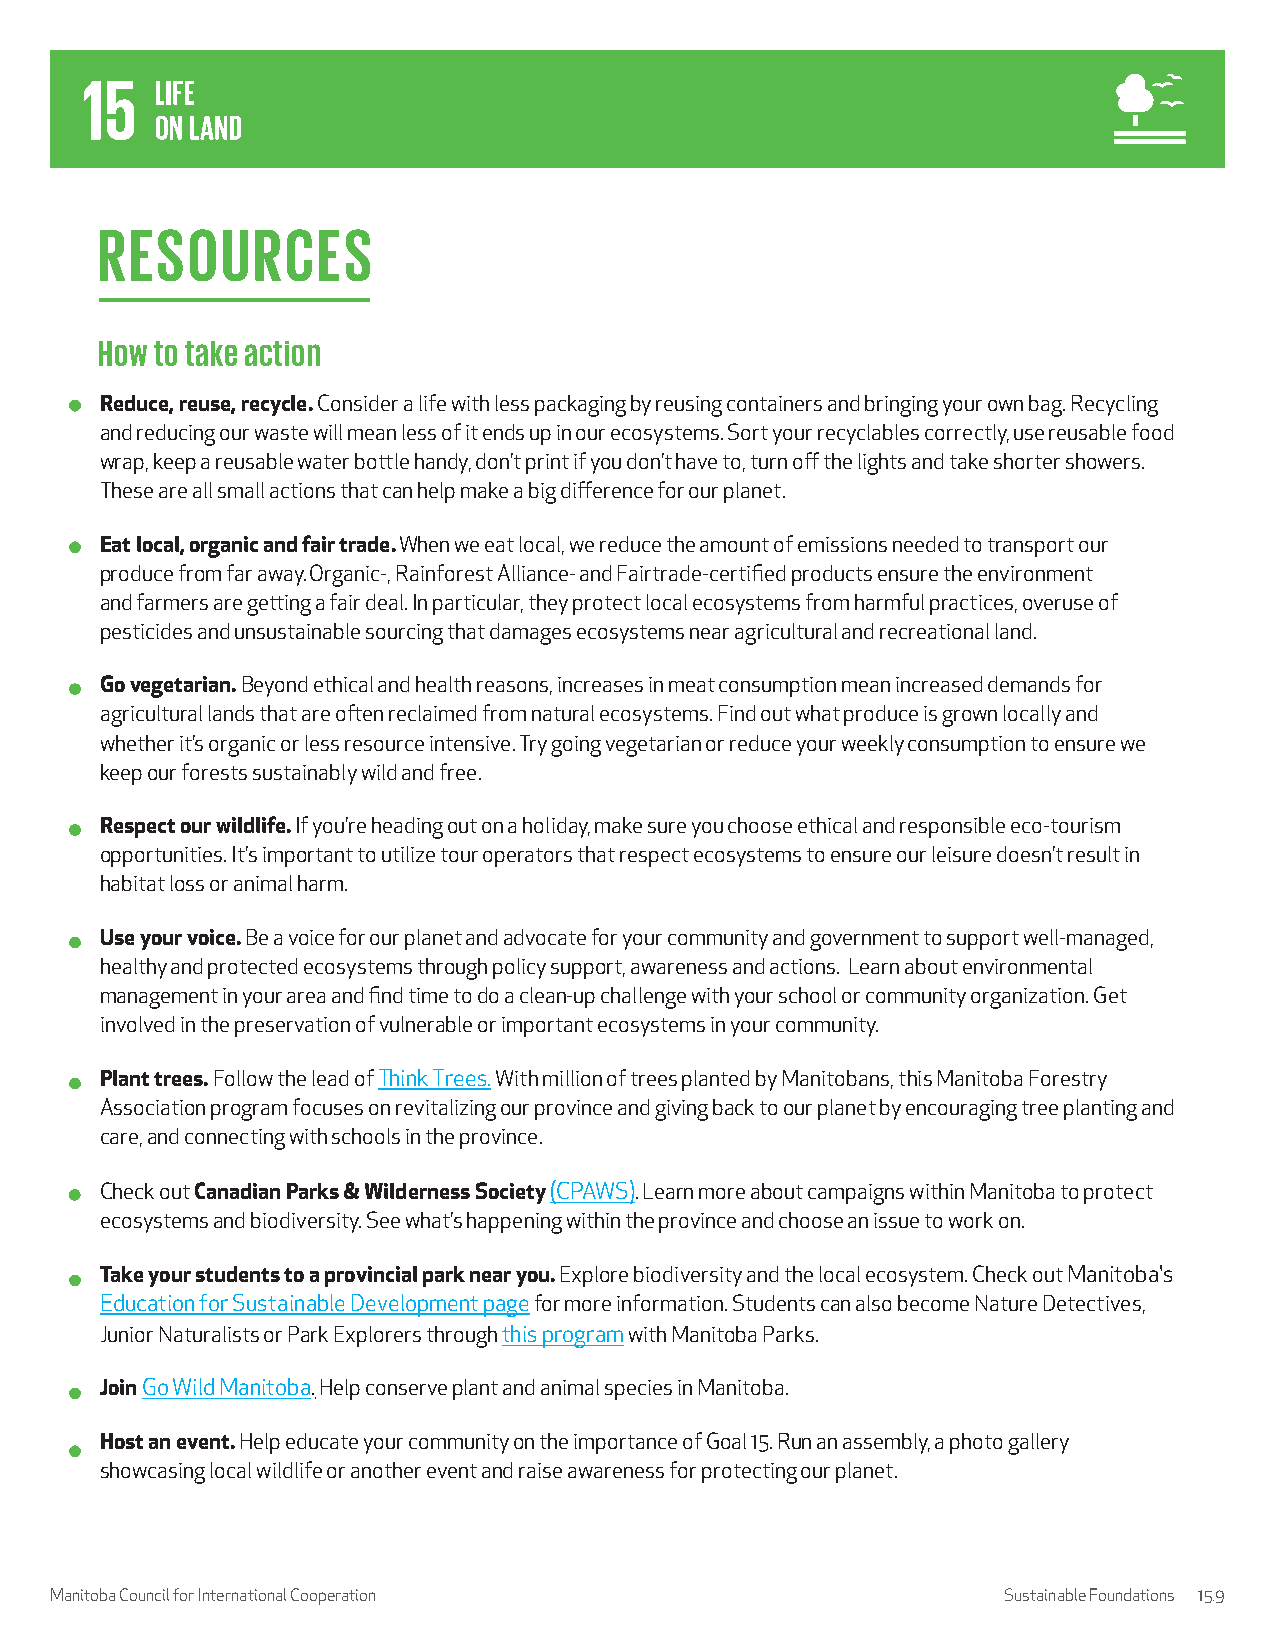
RESOURCES
 How to take action
 Reduce, reuse, recycle. Consider a life with less packaging by reusing containers and bringing your own bag. Recycling
 and reducing our waste will mean less of it ends up in our ecosystems. Sort your recyclables correctly, use reusable food
 wrap, keep a reusable water bottle handy, don’t print if you don’t have to, turn off the lights and take shorter showers.
 These are all small actions that can help make a big difference for our planet.
 Eat local, organic and fair trade. When we eat local, we reduce the amount of emissions needed to transport our
 produce from far away. Organic-, Rainforest Alliance- and Fairtrade-certified products ensure the environment
 and farmers are getting a fair deal. In particular, they protect local ecosystems from harmful practices, overuse of
 pesticides and unsustainable sourcing that damages ecosystems near agricultural and recreational land.
 Go vegetarian. Beyond ethical and health reasons, increases in meat consumption mean increased demands for
 agricultural lands that are often reclaimed from natural ecosystems. Find out what produce is grown locally and
 whether it’s organic or less resource intensive. Try going vegetarian or reduce your weekly consumption to ensure we
 keep our forests sustainably wild and free.
 Respect our wildlife. If you’re heading out on a holiday, make sure you choose ethical and responsible eco-tourism
 opportunities. It’s important to utilize tour operators that respect ecosystems to ensure our leisure doesn’t result in
 habitat loss or animal harm.
 Use your voice. Be a voice for our planet and advocate for your community and government to support well-managed,
 healthy and protected ecosystems through policy support, awareness and actions. Learn about environmental
 management in your area and find time to do a clean-up challenge with your school or community organization. Get
 involved in the preservation of vulnerable or important ecosystems in your community.
 Plant trees. Follow the lead of Think Trees. With million of trees planted by Manitobans, this Manitoba Forestry
 Association program focuses on revitalizing our province and giving back to our planet by encouraging tree planting and
 care, and connecting with schools in the province.
 Check out Canadian Parks & Wilderness Society (CPAWS). Learn more about campaigns within Manitoba to protect
 ecosystems and biodiversity. See what’s happening within the province and choose an issue to work on.
 Take your students to a provincial park near you. Explore biodiversity and the local ecosystem. Check out Manitoba's
 Education for Sustainable Development page for more information. Students can also become Nature Detectives,
 Junior Naturalists or Park Explorers through this program with Manitoba Parks.
 Join Go Wild Manitoba. Help conserve plant and animal species in Manitoba.
 Host an event. Help educate your community on the importance of Goal 15. Run an assembly, a photo gallery
 showcasing local wildlife or another event and raise awareness for protecting our planet.
 Manitoba Council for International Cooperation                 Sustainable Foundations 15.9